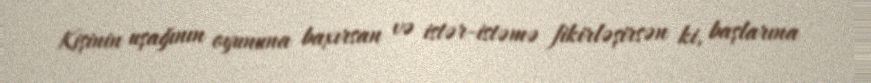
Kişinin uşağının oyununa baxırsan və istər-istəmə fikirləşirsən ki, başlarına